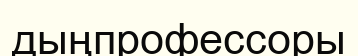
дыңпрофессоры